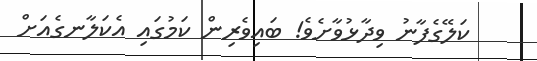
ކަލޭގެފާނު ވިދާޅުވާށެވެ! ބައިވެރިން ކަމުގައި އެކަލާނގެއަށް